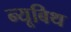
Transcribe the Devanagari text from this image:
न्यूबिथ